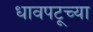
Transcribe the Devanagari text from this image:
धावपटूच्या